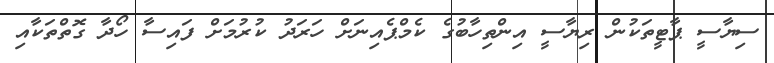
ސިޔާސީ ޕާޓީތަކުން ރިޔާސީ އިންތިހާބުގެ ކެމްޕެއިނަށް ހަރަދު ކުރުމަށް ފައިސާ ހޯދާ ގޮތްތަކާއި